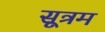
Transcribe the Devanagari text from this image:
सूत्रम